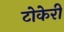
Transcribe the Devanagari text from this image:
टोकेरी